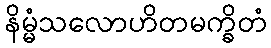
နိမ္မံသလောဟိတမက္ခိတံ